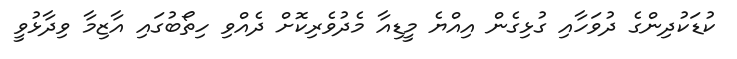
ކުޑަކުދިންގެ ދުވަހާއި ގުޅިގެން އިއްޔެ މީޑިއާ މެދުވެރިކޮށް ދެއްވި ހިތޯބުގައި އާޒިމާ ވިދާޅުވީ